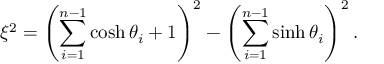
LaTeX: \xi ^ { 2 } = \left( \sum _ { i = 1 } ^ { n - 1 } \cosh \theta _ { i } + 1 \right) ^ { 2 } - \left( \sum _ { i = 1 } ^ { n - 1 } \sinh \theta _ { i } \right) ^ { 2 } .